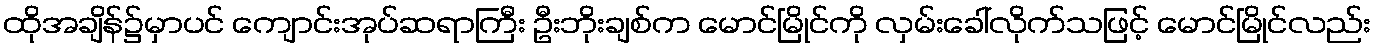
ထိုအချိန်၌မှာပင် ကျောင်းအုပ်ဆရာကြီး ဦးဘိုးချစ်က မောင်မြိုင်ကို လှမ်းခေါ်လိုက်သဖြင့် မောင်မြိုင်လည်း